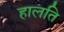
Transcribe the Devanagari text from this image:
हालति